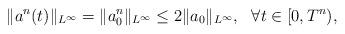
LaTeX: \begin{align*}\|a^n(t)\|_{L^\infty}=\|a_0^n\|_{L^\infty}\leq2\|a_0\|_{L^\infty},\ \ \forall t\in[0,T^n),\end{align*}